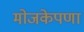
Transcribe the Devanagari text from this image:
मोजकेपणा